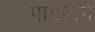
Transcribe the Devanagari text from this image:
पाकधने